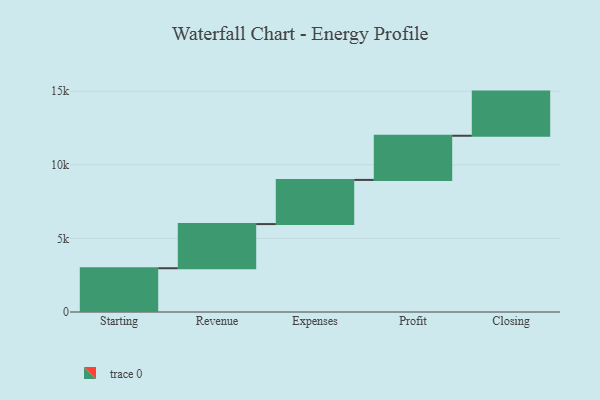
{"axis": {"x": "Step", "y": "Value"}, "legend": [""], "data": [{"x": "Starting", "y": 2973.0, "type": ""}, {"x": "Revenue", "y": 3000, "type": ""}, {"x": "Expenses", "y": 3000, "type": ""}, {"x": "Profit", "y": 3000, "type": ""}, {"x": "Closing", "y": 3000, "type": ""}]}